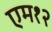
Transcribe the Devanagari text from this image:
एम१२